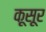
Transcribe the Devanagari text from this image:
क़ूसूर